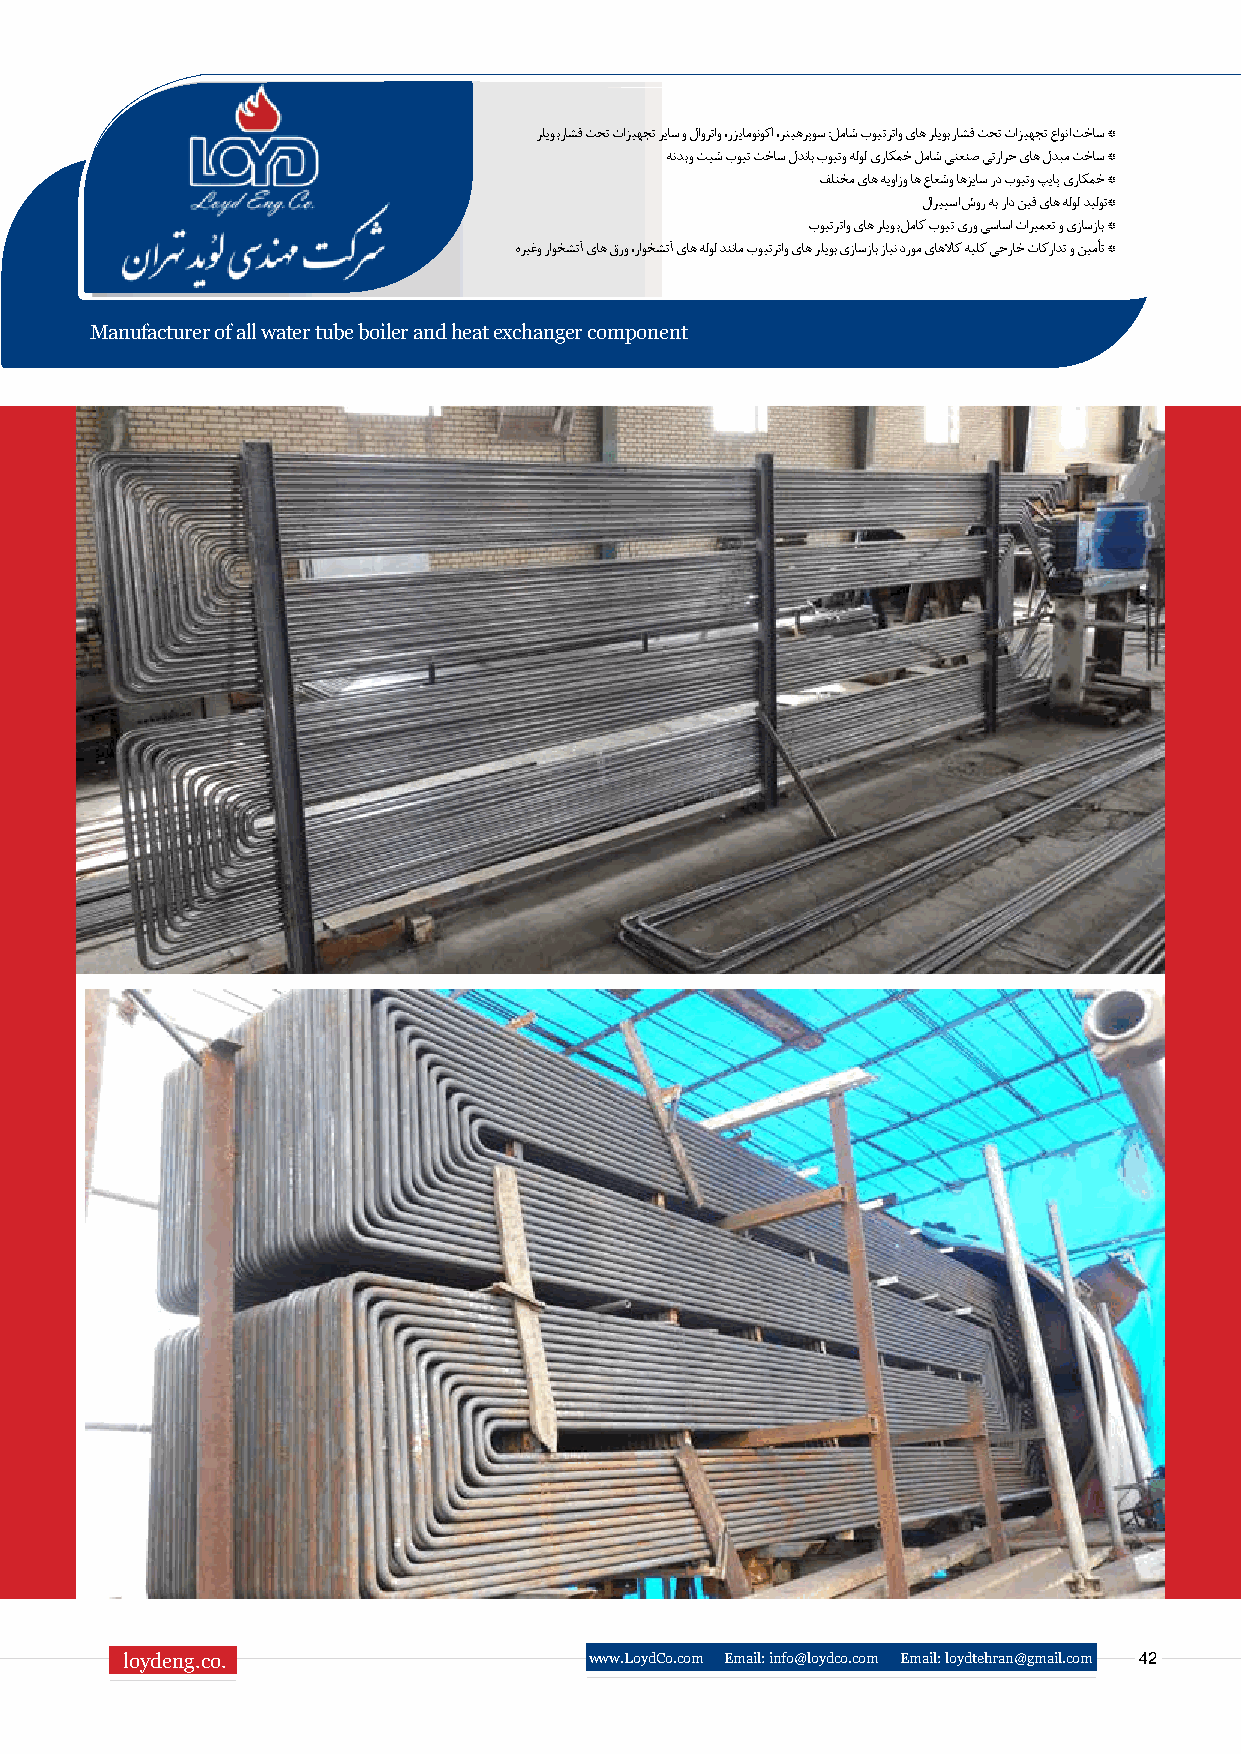
رلیوب راشف تحت تازیهجت ریاس و لاورتاو ،رزیامونوکا ،رتیهرپوس :لماش بویترتاو یاه رلیوب راشف تحت تازیهجت عاونا تخاس *
 هندب و تیش بویت تخاس لدناب بویتو هلول یراکمخ لماش یتعنص یترارح یاه لدبم تخاس *
 فلتخم یاه هیوازو اه عاعشو اهزیاس رد بویتو پیاپ یراکمخ *
 لاریپسا شور هب راد نیف یاه هلول دیلوت*
 بویترتاو یاه رلیوب لماک بویت یرو یساسا تاریمعت و یزاسزاب *
 هریغو راوخشتآ یاه قرو ،راوخشتآ یاه هلول دننام بویترتاو یاه رلیوب یزاسزاب زاین دروم یاهلااک هیلک یجراخ تاکرادت و نیمأت *
 Manufacturer of all water tube boiler and heat exchanger component
 loydeng.co.                    www.LoydCo.com Email: info@loydco.com Email: loydtehran@gmail.com 42